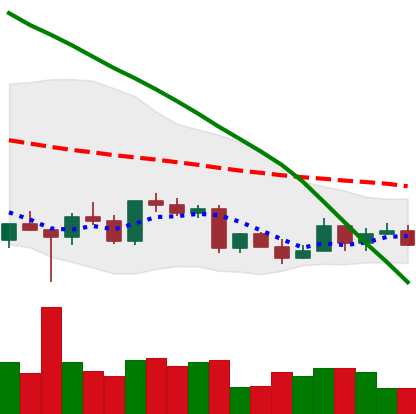
Ticker: LTC-USD
Chart end date: 2022-03-13
Forward return: 9.794%
Label: up_7plus